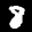
Label: 8